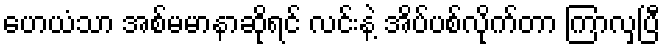
ဟေယံသာ အစ်မမာနာဆိုရင် လင်းနဲ့ အိပ်ပစ်လိုက်တာ ကြာလှပြီ